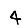
Digit: 4